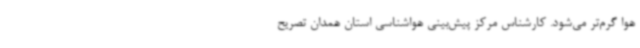
هوا گرم‌تر می‌شود. کارشناس مرکز پیش‌بینی هواشناسی استان همدان تصریح